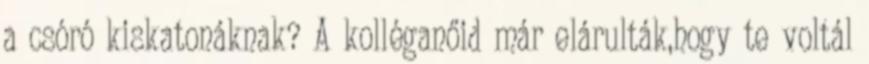
a csóró kiskatonáknak? A kolléganőid már elárulták,hogy te voltál